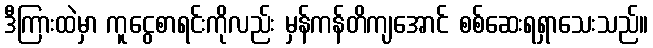
ဒီကြားထဲမှာ ကူငွေစာရင်းကိုလည်း မှန်ကန်တိကျအောင် စစ်ဆေးရရှာသေးသည်။